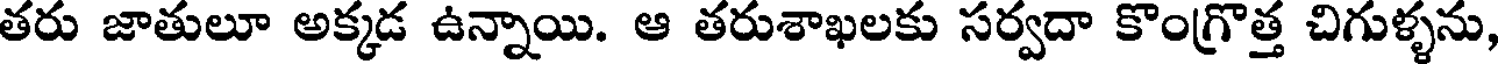
తరు జాతులూ అక్కడ ఉన్నాయి. ఆ తరుశాఖలకు సర్వదా కొంగ్రొత్త చిగుళ్ళను,